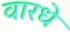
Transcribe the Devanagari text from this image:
वारधे